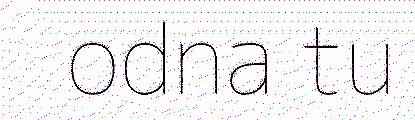
odna tu